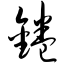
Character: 锩